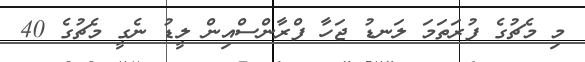
މި މެޗުގެ ފުރަތަމަ ލަނޑު ޖަހާ ފްރާންސްއިން ލީޑު ނެގީ މެޗުގެ 40